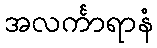
အလင်္ကာရာနံ